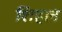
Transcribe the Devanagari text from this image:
शिहान